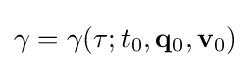
\gamma =\gamma (\tau ;t_{0},\mathbf {q} _{0},\mathbf {v} _{0})